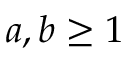
a , b \geq 1